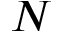
N